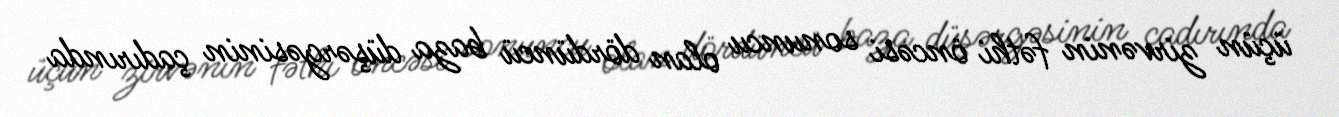
üçün zirvənin fəthi öncəsi sonuncu olan dördüncü baza düşərgəsinin çadırında